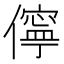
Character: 儜